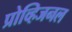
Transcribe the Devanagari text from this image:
प्रोव्हिजनल